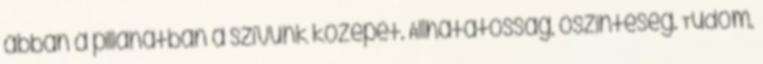
abban a pillanatban a szívünk közepét. Állhatatosság, őszinteség. Tudom,